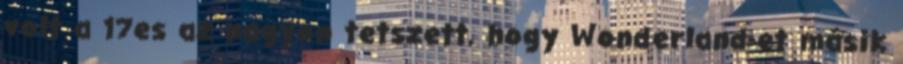
volt a 17es az nagyon tetszett, hogy Wonderland-et másik